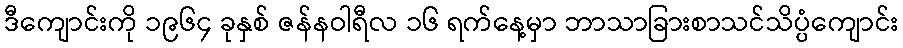
ဒီကျောင်းကို ၁၉၆၄ ခုနှစ် ဇန်နဝါရီလ ၁၆ ရက်နေ့မှာ ဘာသာခြားစာသင်သိပ္ပံကျောင်း